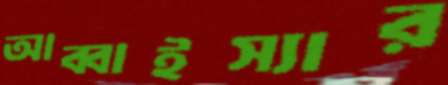
আব্বাইস্যার